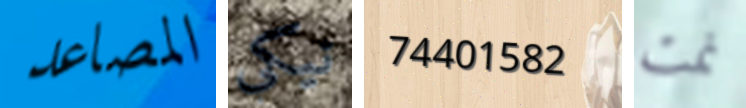
المصاعد نيكي 74401582 نمت